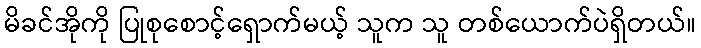
မိခင်အိုကို ပြုစုစောင့်ရှောက်မယ့် သူက သူ တစ်ယောက်ပဲရှိတယ်။